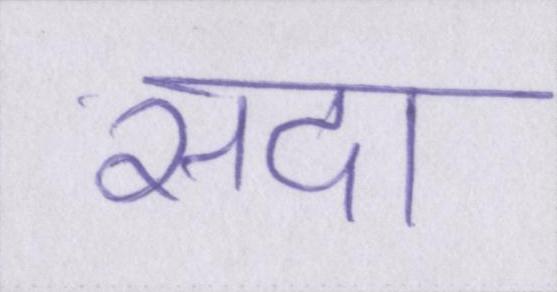
सदा